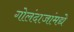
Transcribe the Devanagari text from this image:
गोलंदाजांमद्ये